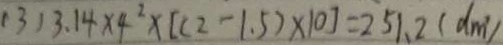
( 3 ) 3 . 1 4 \times 4 ^ { 2 } \times [ ( 2 - 1 . 5 ) \times 1 0 ] = 2 5 1 . 2 ( d m ^ { . } )